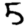
Digit: 5